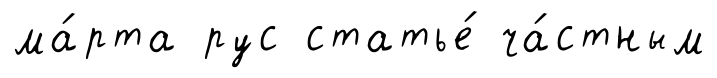
ма́рта рус статье́ ча́стным